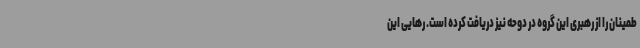
طمینان را از رهبری این گروه در دوحه نیز دریافت کرده است. رهایی این